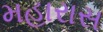
મહારાસ